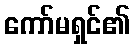
ကော်မရှင်၏